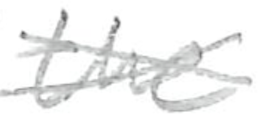
Text: the
Cross-out: cross
Writing tool: pencil